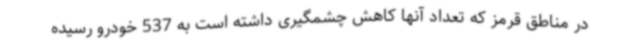
در مناطق قرمز که تعداد آنها کاهش چشمگیری داشته است به 537 خودرو رسیده